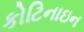
કોટિનાઇન